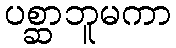
ပစ္ဆာဘူမကာ